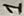
Text: 1